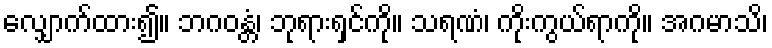
လျှောက်ထား၍။ ဘဂဝန္တံ၊ ဘုရားရှင်ကို။ သရဏံ၊ ကိုးကွယ်ရာကို။ အဂမာသိ၊